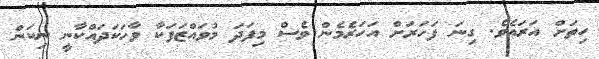
ހިތަށް އަރައެވެ. ގިނަ ފަހަރަށް އަހަރެމެން ވެސް މިފަދަ މުވައްޒަފަކާ ވާހަކަދައްކާނީ ނިކަން